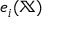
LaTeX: e _ { i } ( \mathbb { X } )